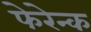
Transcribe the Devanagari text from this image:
फेरेन्क